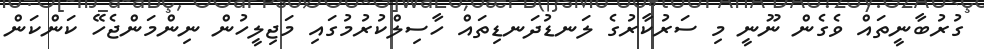
ގުރުބާނީތައް ވެގެން ނޫނީ މި ސަރުކާރުގެ ލަނޑުދަނޑިތައް ހާސިލްކުރުމުގައި މަޖިލީހުން ނިންމަންޖެހޭ ކަންކަން